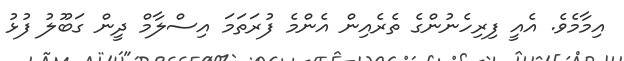
އިމާމެވެ. އެއީ ފިރިހެނުންގެ ތެރެއިން އެންމެ ފުރަތަމަ އިސްލާމް ދީން ގަބޫލު ފުޅު